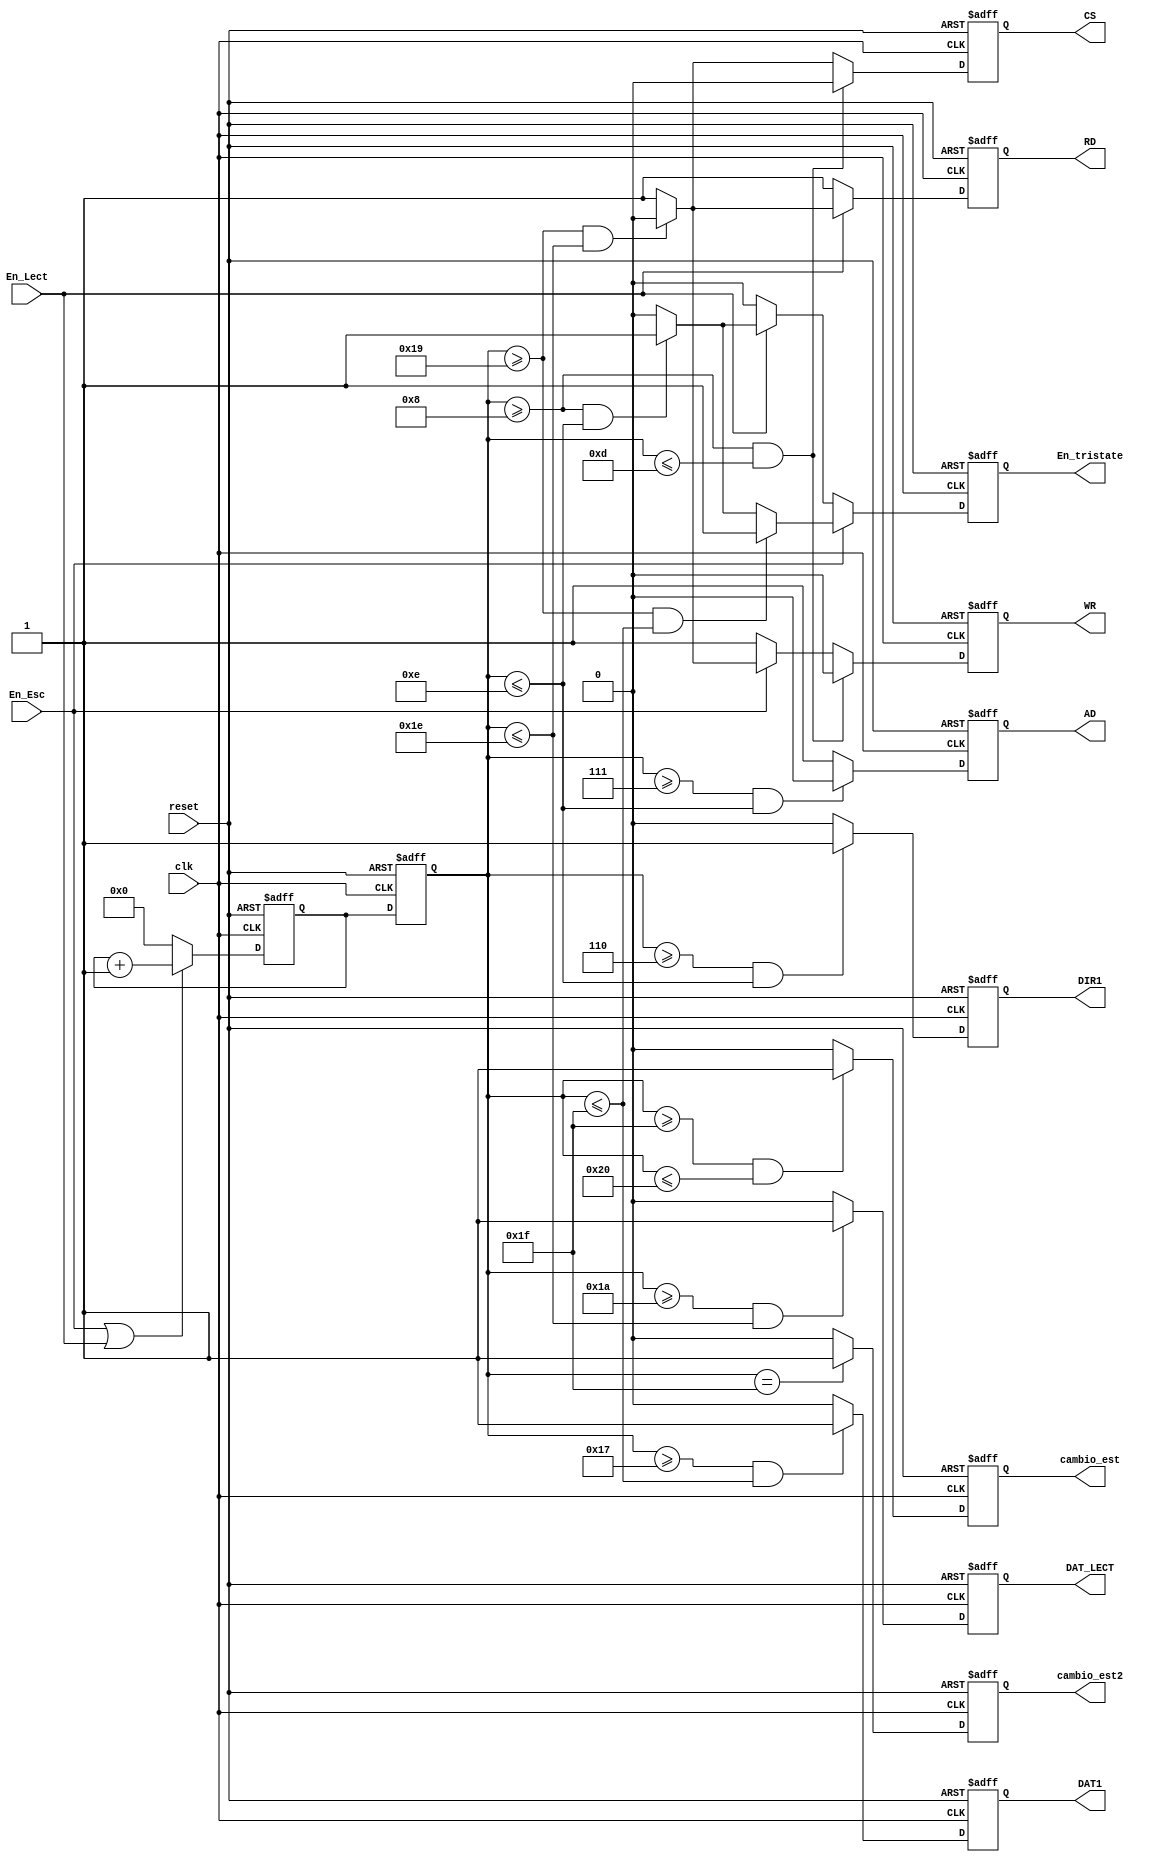
`timescale 1ns / 1ps
//////////////////////////////////////////////////////////////////////////////////
// Company: 
// Engineer: 
// 
// Design Name: 
// Module Name:    Entradas_De_Control 
// Project Name: 
// Target Devices: 
// Tool versions: 
// Description: 
//
// Dependencies: 
//
// Revision: 
// Revision 0.01 - File Created
// Additional Comments: 
//
//////////////////////////////////////////////////////////////////////////////////
module Entradas_De_Control(input wire clk, reset,
En_Esc,En_Lect,															//// Entradas para habilitar cuentas y salidas
output wire CS, WR,RD,AD, DIR1, DAT1,DAT_LECT,cambio_est,cambio_est2,	///Salidas que controlaran los tiempo de manejo del RTC
En_tristate	 );															/// Activacion del triestato para el envio de los datos
   
localparam inicio = 7;  // tiempo que tarda despues de entrada a cada estado para realizar la escritura determinada
localparam Tcs = 5; // tiempo minimo del chip select en bajo (50, para escribir)
localparam Tf = 0 ; // tiempo de bajada del flanco (fall) 
localparam Tr = 0 ; // tiempo de subida del flanco (rise)
localparam Twr = 6 ; // tiempo en bajo del pulso de escritura, incluye tiempo de rise
localparam Tw = 12; // tiempo de transferencia (tiempo que esta en alto el chip select, incluye el Tfall)
localparam Tdw = 5; // tiempo que el dato debe estar presente durante el pulso negativo de WR(escribe)
localparam Tdh = 1; // tiempo de hold(tiempo que debe permancecer el dato desp que cambia de 0 a 1 el WR)
localparam TA_Ds = 1 ; // tmpo ants q debe estar en estd en bajo el A/D (ctrl de datos y dir) del CS
localparam TA_Dt = 1; // tmpo despues q debe estar en estd en bajo el A/D (ctrl de datos y dir) del CS

////Contador de la maquina///
reg [6:0] ctrl_count_reg,ctrl_count_next;

// Registros que se utilizaran para guardar y luego transmitir a las salidas
reg CS_reg, WR_reg,AD_reg,CS_next, WR_next,AD_next,RD_reg,RD_next;
reg DIR_reg, DAT_reg,DIR_next, DAT_next,cambio_estado_reg, cambio_estado_next;
reg DAT_LECT_reg,DAT_LECT_next,cambio_estado2_reg, cambio_estado2_next;
reg En_tristate_reg,En_tristate_next;

// inicializacion y refrezco de los registros a utlizar de las variables salida
always @( posedge clk, posedge reset)	begin
	if (reset)begin
			ctrl_count_reg <= 0;
			CS_reg <= 1;
			WR_reg <= 1;
			RD_reg <= 1;
			AD_reg <= 1;
			DIR_reg <= 0;
			DAT_reg <= 0;
			cambio_estado_reg <=0;
			cambio_estado2_reg <=0;
			DAT_LECT_reg <=0;
			En_tristate_reg <=0;
				end
	else begin
			ctrl_count_reg <= ctrl_count_next;
			CS_reg <= CS_next;
			WR_reg <= WR_next;
			RD_reg <= RD_next;
			AD_reg <= AD_next;
			DIR_reg <= DIR_next;
			DAT_reg <= DAT_next;
			DAT_LECT_reg <= DAT_LECT_next;
			cambio_estado_reg <= cambio_estado_next;
			cambio_estado2_reg <= cambio_estado2_next;
			En_tristate_reg <= En_tristate_next;
			end
	end
	
///// Condicion para avanzar el contador que generara las senales de control///////////////	

always @( posedge clk, posedge reset) begin
		if (reset)
			ctrl_count_next <= 0;
		else if(En_Esc | En_Lect)
			ctrl_count_next <= ctrl_count_next + 7'b1;
		else
			ctrl_count_next <= 0;
		end	
		
		
////////// Creacion de los pulsos de la senal CS para el RTC///////////////	

	always@*
			begin
			if (ctrl_count_reg >=(inicio+TA_Ds) && ctrl_count_reg<=( inicio + TA_Ds + Tf + Tr + Tcs))
				CS_next = 1'b0;
			else if (ctrl_count_reg >=(inicio + TA_Ds + Tf +Tr + Tcs + Tw ) &&	ctrl_count_reg<=(inicio + TA_Ds + Tf + Tr + Tcs + Tw + Tf + Tcs + Tr))
				CS_next = 1'b0;
			else 
				CS_next = 1'b1;
			end
			
////////// Creacion de los pulsos de la senal WR para el RTC///////////////

	always@*
			begin
			if (ctrl_count_reg >=(inicio+ TA_Ds) &&	ctrl_count_reg<=(inicio + TA_Ds + Tf +Tr+ Tcs))
					WR_next = 1'b0;
			else if(En_Esc ) begin 
				if (ctrl_count_reg >=(inicio + TA_Ds + Tf +Tr + Tcs + Tw ) &&	ctrl_count_reg<=(inicio + TA_Ds + Tf +Tr + Tcs + Tw + Tf + Tcs + Tr))
					WR_next = 1'b0;
				else 
					WR_next = 1'b1; end
			else WR_next = 1'b1;
			end
			
////////// Creacion de los pulsos de la senal RD para el RTC///////////////

	always@*
			begin
			if(En_Lect) begin 
				if (ctrl_count_reg >=(inicio + TA_Ds + Tf +Tr + Tcs + Tw ) &&	ctrl_count_reg<=(inicio + TA_Ds + Tf + Tr + Tcs + Tw + Tf + Tcs + Tr))
					RD_next = 1'b0;
				else 
					RD_next = 1'b1; end
			else RD_next = 1'b1;
			end
			
////////// Creacion de los pulsos de la senal AD para el RTC///////////////

	always@*
			begin
			if (ctrl_count_reg >=(inicio) && ctrl_count_reg<=(inicio + TA_Ds + Tf  + Tcs + TA_Dt + Tr))
				AD_next = 1'b0;
			else 
				AD_next = 1'b1;
			end

////////// Creacion de una bandera que habilitara un proceso en las maquinas de esc y lect///////////////

	always@*
			begin
			if (ctrl_count_reg >=(inicio + TA_Ds + Tcs - Tdw - 2) &&	ctrl_count_reg <=(inicio + TA_Ds + Tcs + Tdh ))
				DIR_next = 1'b1;
			else 
				DIR_next = 1'b0;
			end
			
////////// Creacion de una bandera que habilitara un proceso en las maquinas de esc y lect///////////////	
		
	always@*
			begin
			if (ctrl_count_reg >=(inicio + TA_Ds  + Tcs + Tw  + Tcs  - Tdw - 2) &&	ctrl_count_reg<=(inicio + TA_Ds  + Tcs + Tw + Tcs + Tdh))
				DAT_next = 1'b1;
			else 
				DAT_next = 1'b0;
			end
			
////////// Creacion de una bandera que habilitara un la entrada de datos de la lectura///////////////	
		
	always@*
			begin
				if (ctrl_count_reg >=(inicio + TA_Ds  + Tcs + Tw  + Tcs  - Tdw + 1 ) &&	ctrl_count_reg<=(inicio + TA_Ds  + Tcs + Tw + Tcs + (Tdh - 1)))
					DAT_LECT_next = 1'b1;
				else 
					DAT_LECT_next = 1'b0;
			end
			
////////// Creacion de una bandera que habilitara el cambio de estado en las maquinas de esc y lect//////////			
	
	always@* 
		begin
			if (ctrl_count_reg >= (inicio + TA_Ds + Tcs + Tw + Tcs + Tdh) && ctrl_count_reg <= (inicio + TA_Ds  + Tcs + Tw  + Tcs  + Tdh + 1) )
				cambio_estado_next = 1;
			else 
				cambio_estado_next = 0;
		end
////////// Creacion de una bandera que habilitara el cambio de estado en las maquinas de lect//////////			
	
	always@* 
		begin
			if (ctrl_count_reg == (inicio + TA_Ds + Tcs + Tw + Tcs + Tdh))
				cambio_estado2_next = 1;
			else 
				cambio_estado2_next = 0;
		end		
////////// Creacion de senal de Eneable del tri estado del bus de datos ////////////////	

	always@*
		begin 
			if (En_Esc)  begin
				if (ctrl_count_reg >=(inicio + TA_Ds + Tf +Tr + Tcs + Tw + Tf + Tcs + Tr - Tdw ) &&	ctrl_count_reg<=(inicio + TA_Ds + Tf + Tr + Tcs + Tw + Tf + Tcs + Tr + Tdh ))
					En_tristate_next = 1;
				else if (ctrl_count_reg >=(inicio + TA_Ds + Tf + Tr + Tcs - Tdw ) &&	ctrl_count_reg <=(inicio + TA_Ds + Tf +Tr+ Tcs + Tdh ))
					En_tristate_next = 1;
				else 
					En_tristate_next = 0;
				end	
			else if	(En_Lect) begin
				if (ctrl_count_reg >=(inicio + TA_Ds + Tf + Tr + Tcs - Tdw ) &&	ctrl_count_reg <=(inicio + TA_Ds + Tf +Tr+ Tcs + Tdh ))
					En_tristate_next = 1;
				else 	
					En_tristate_next = 0;
				end
			else 	
					En_tristate_next = 0;		
		end		
		
// asignacion de las senales de salida y  banderas correspondientes
	assign CS = CS_reg;
	assign WR = WR_reg;
	assign AD = AD_reg;
	assign RD = RD_reg;
	assign DIR1 = DIR_reg;
	assign DAT1 = DAT_reg;
	assign DAT_LECT = DAT_LECT_reg;
	assign cambio_est = cambio_estado_reg;
	assign cambio_est2 = cambio_estado2_reg;
	assign En_tristate = En_tristate_reg ;
endmodule